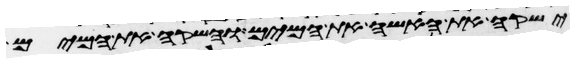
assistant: ישקה את האשה את המים והשקה את המים